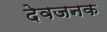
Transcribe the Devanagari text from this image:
देवजनक